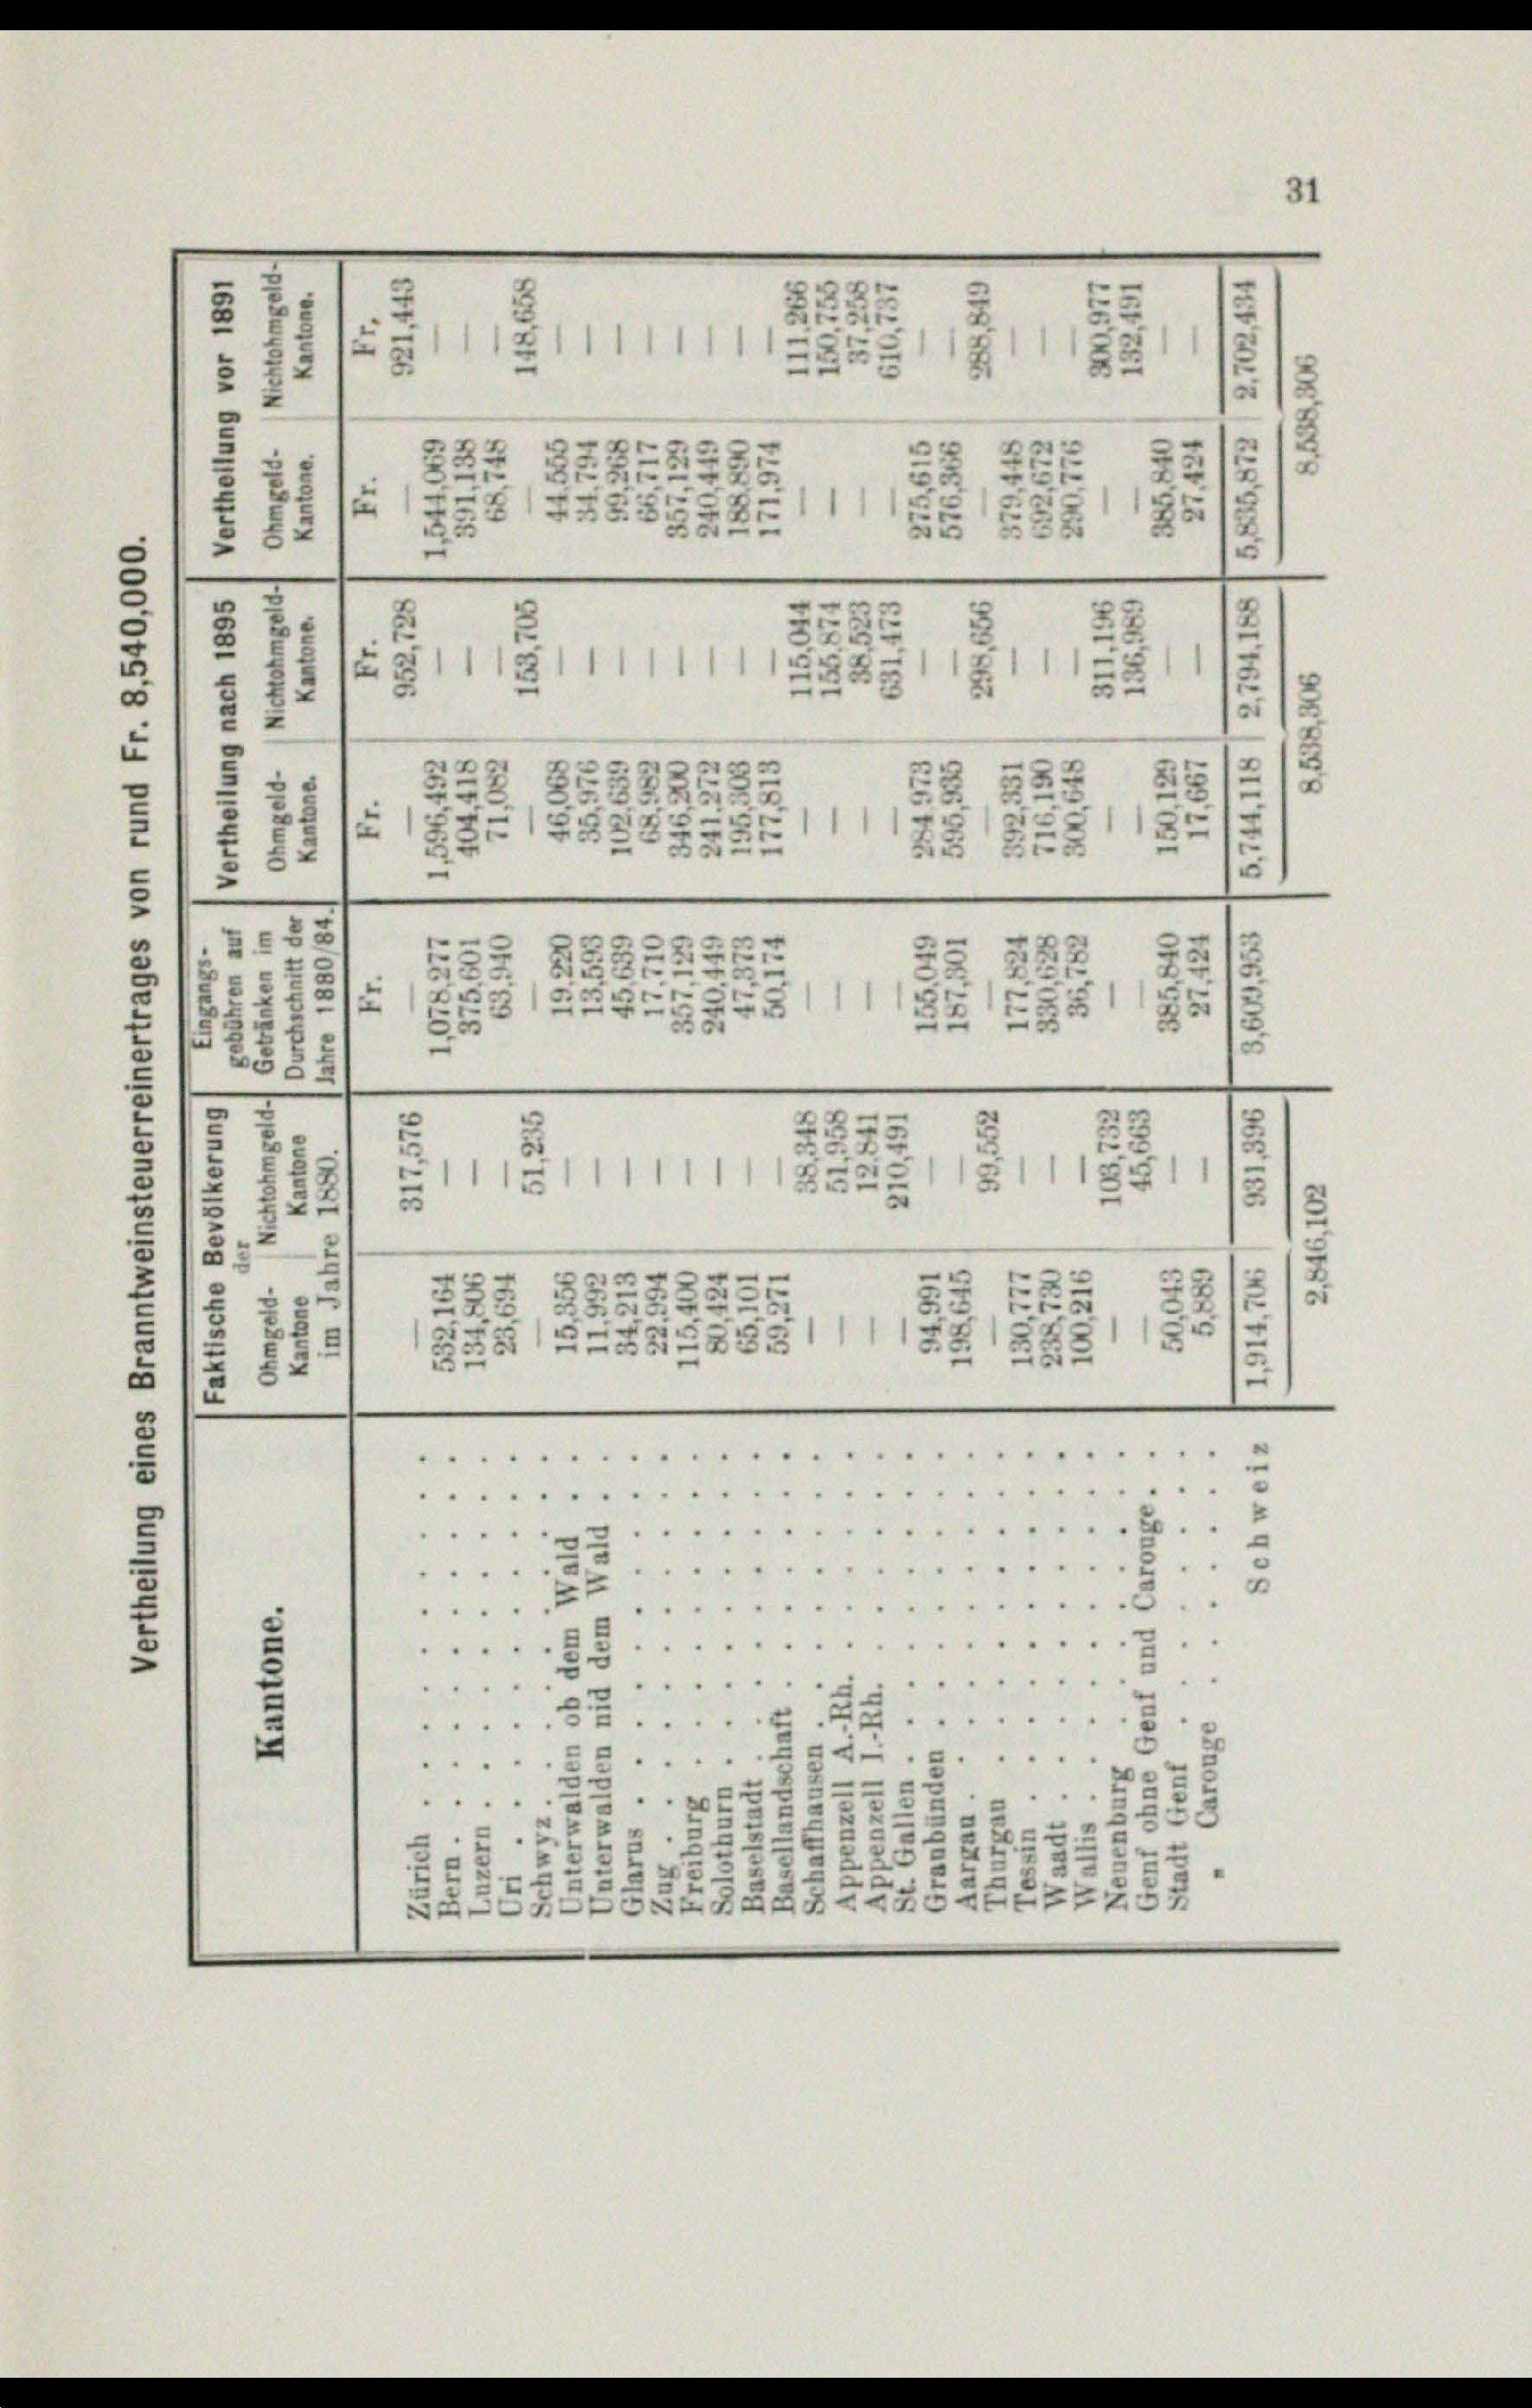
5
Zimm
3
52
3
der Au
.
u
2
x
¬
x
s
e
b
.
“
2
e
111111
.
e
5
252
.
.
8
e
e
"
e
e
.
e
22
2
i
2
2
2
)
1
2
1
u
.
5
e
.
e
1
¬
2
.
e
.
e
¬
¬
11111111 1832
e
1
2
2
5.
e
.
22
2
e
53882122
5
.. ..

.

.
ALAHALLE
F
7